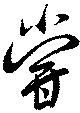
甞